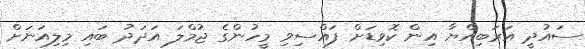
ސައުދީ އަރަބިއްޔާ އިން ކޮވިޑަށް ފައްސިވި މީހުންގެ ޖުމްލަ އަދަދު ބައި މިލިއަނަށް